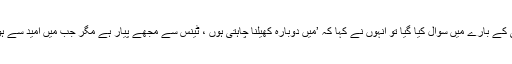
‘ ثانیہ مرزا سے ان کے ٹینس میں واپسی کے بارے میں سوال کیا گیا تو انہوں نے کہا کہ ’میں دوبارہ کھیلنا چاہتی ہوں ، ٹینس سے مجھے پیار ہے مگر جب میں امید سے ہوئی تو مجھے اپنی ترجیحات بدلنی پڑیں۔